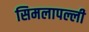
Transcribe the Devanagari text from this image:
सिमलापल्ली